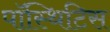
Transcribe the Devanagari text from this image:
पॉस्थिटिस